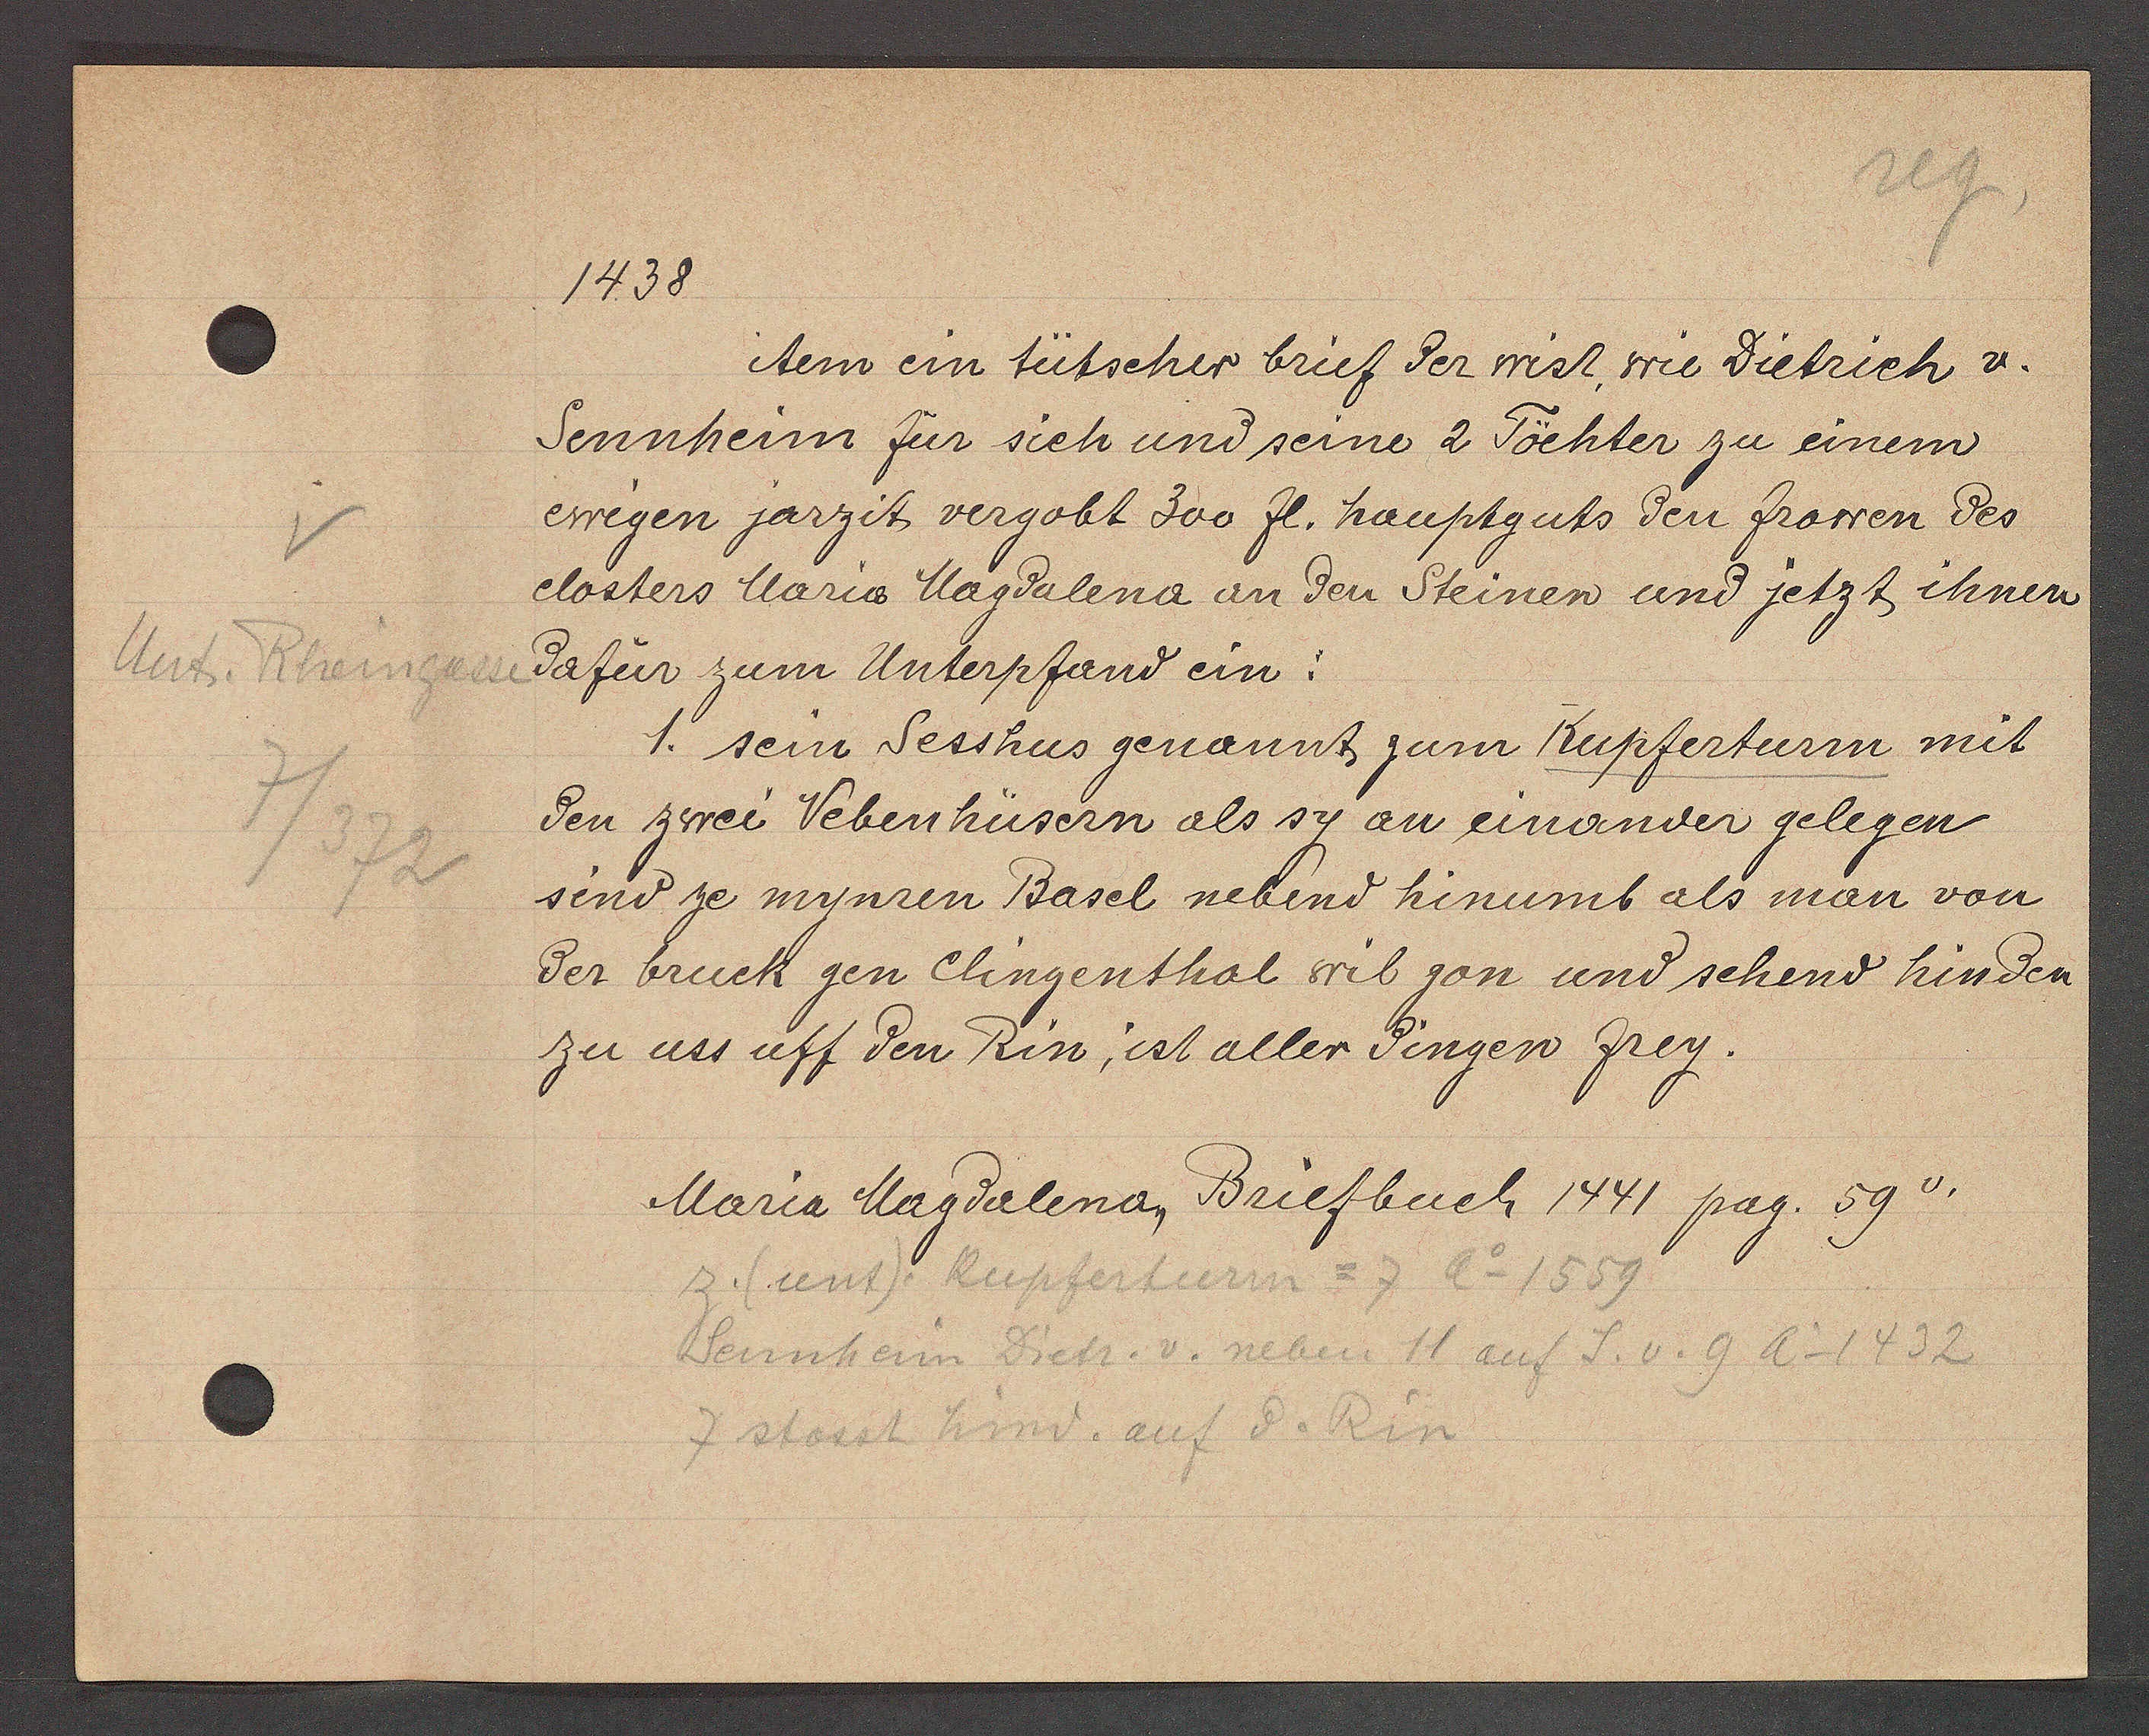
Transcript:
Unt. Rheingasse
7/
372

1438

item ein tütscher brief der wist, wie Dietrich v.
Sennheim für sich und seine 2 Töchter zu einem
ewegen jarzit vergobt 300 fl. hauptguts den frowen des
closters Maria Magdalena an den Steinen und jetzt ihnen
dafür zum Unterpfand ein:
1. sein Sesshus genannt zum Kupferturm mit
den zwei Vebenhusern als sy an einander gelegen
send ze mynren Basel nebend hinumb als man von
der bruck gen Clingenthal sril gon und sehend hinden
zer uss uff den Rin, ist aller dingen zrey.

Maria Mardalena Briefbuch 1441 pag. 59v.

z (unt) Kupfertum = 7 Ao 1559
Sennheim Dietr. v. neben 11 auf S. v. 9 Ao 1432
7 stosst hind. auf d. Rin